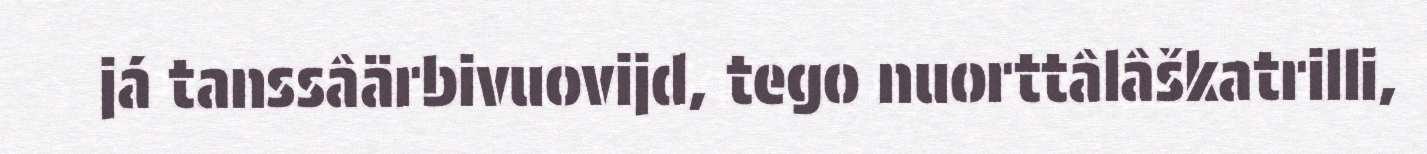
já tanssâärbivuovijd, tego nuorttâlâškatrilli,